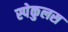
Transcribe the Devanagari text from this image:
स्पेकुलस